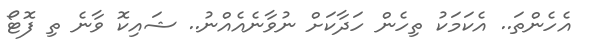
އެހެންތަ.. އެކަމަކު ތިހެން ހަދާކަށް ނުވާނެއެއްނު.. ޝައިކޮ ވާނެ ތި ފޮޓޯ